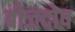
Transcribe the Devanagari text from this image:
बीजदोष